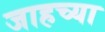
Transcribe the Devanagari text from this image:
जाहच्या